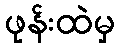
ဖုန်းထဲမှ